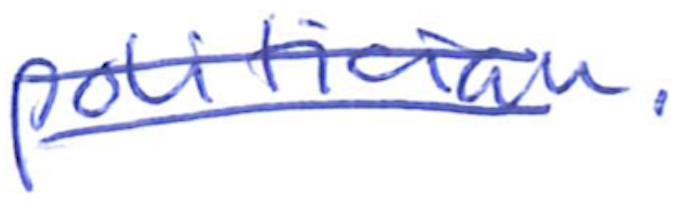
Text: politician.
Cross-out: mix
Writing tool: ballpoint